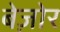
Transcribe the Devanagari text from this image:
बेज़ोर